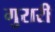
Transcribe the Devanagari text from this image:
गुरारी